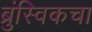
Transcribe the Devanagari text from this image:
ब्रुंस्विकचा